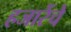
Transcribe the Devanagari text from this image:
हजारेंचे